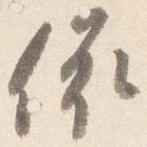
依